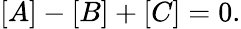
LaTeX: [A]-[B]+[C]=0.